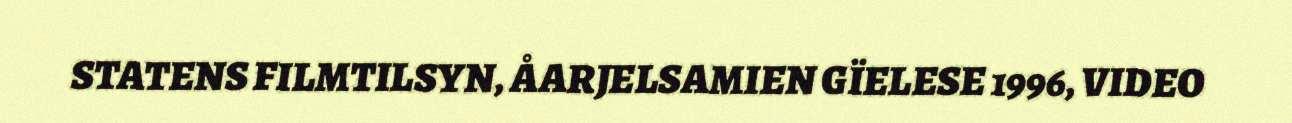
STATENS FILMTILSYN, ÅARJELSAMIEN GÏELESE 1996, VIDEO